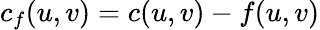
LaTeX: c_{f}(u,v)=c(u,v)-f(u,v)